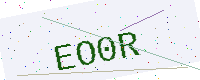
Text: EO0R